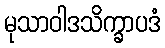
မုသာဝါဒသိက္ခာပဒံ